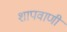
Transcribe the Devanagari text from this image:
शापवाणी